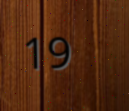
19